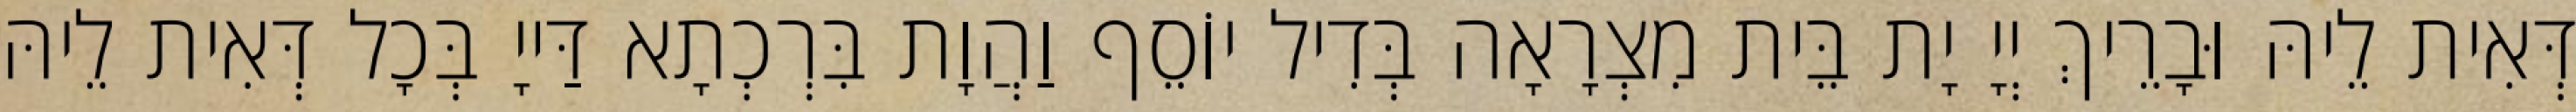
דְּאִית לֵיהּ וּבָרֵיךְ יְיָ יָת בֵּית מִצְרָאָה בְּדִיל יוֹסֵף וַהֲוָת בִּרְכְתָא דַּייָ בְּכָל דְּאִית לֵיהּ